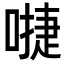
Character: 𠽕